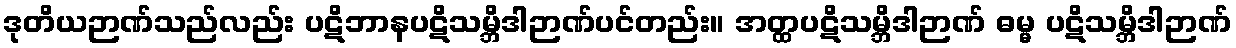
ဒုတိယဉာဏ်သည်လည်း ပဋိဘာနပဋိသမ္ဘိဒါဉာဏ်ပင်တည်း။ အတ္ထပဋိသမ္ဘိဒါဉာဏ် ဓမ္မ ပဋိသမ္ဘိဒါဉာဏ်